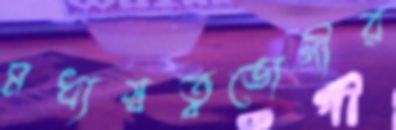
মধ্যস্বত্বভোগীর